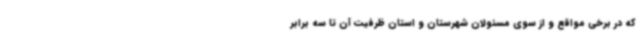
که در برخی مواقع و از سوی مسئولان شهرستان و استان ظرفیت آن تا سه برابر